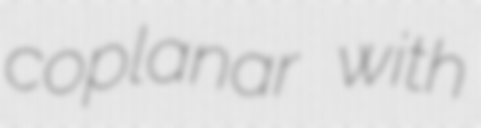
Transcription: coplanar with